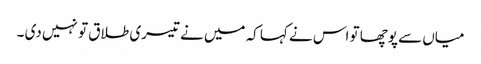
میاں سے پوچھا تو اس نے کہا کہ میں نے تیسری طلاق تو نہیں دی ۔